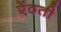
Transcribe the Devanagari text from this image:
ऐंठती